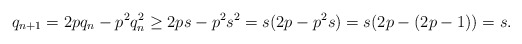
\begin{align*}q_{n+1} = 2pq_n - p^2 q_n^2 \geq 2p s - p^2 s^2 = s (2p - p^2s) = s (2p - (2p-1)) = s.\end{align*}